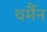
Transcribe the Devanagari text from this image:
थर्मैन